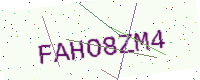
Text: FAHO8ZM4